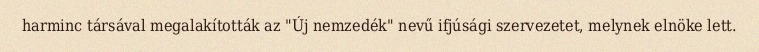
harminc társával megalakították az "Új nemzedék" nevű ifjúsági szervezetet, melynek elnöke lett.